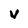
Character: V